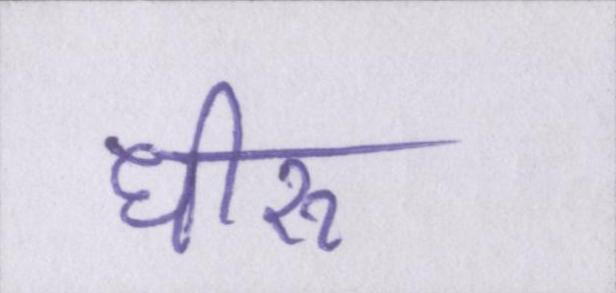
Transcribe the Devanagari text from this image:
धीरू